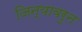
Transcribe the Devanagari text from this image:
जिन्यावरुन